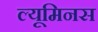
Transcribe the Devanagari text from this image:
ल्यूमिनस